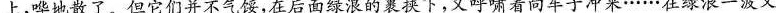
上，哗地散了。但它们并不气馁，在后面绿浪的裹挟下，又呼啸着向车子冲来……在绿浪一波又